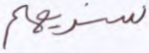
سنريهم